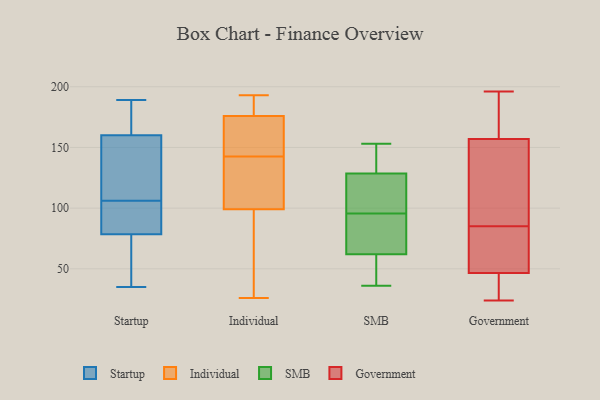
{"axis": {"x": "Headcount", "y": "Value"}, "legend": ["Government", "Individual", "SMB", "Startup"], "data": [{"x": "", "y": 189, "type": "Startup"}, {"x": "", "y": 38, "type": "Startup"}, {"x": "", "y": 106, "type": "Startup"}, {"x": "", "y": 159, "type": "Startup"}, {"x": "", "y": 91, "type": "Startup"}, {"x": "", "y": 172, "type": "Startup"}, {"x": "", "y": 53, "type": "Startup"}, {"x": "", "y": 35, "type": "Startup"}, {"x": "", "y": 102, "type": "Startup"}, {"x": "", "y": 87, "type": "Startup"}, {"x": "", "y": 163, "type": "Startup"}, {"x": "", "y": 108, "type": "Startup"}, {"x": "", "y": 111, "type": "Startup"}, {"x": "", "y": 166, "type": "Individual"}, {"x": "", "y": 155, "type": "Individual"}, {"x": "", "y": 193, "type": "Individual"}, {"x": "", "y": 130, "type": "Individual"}, {"x": "", "y": 99, "type": "Individual"}, {"x": "", "y": 186, "type": "Individual"}, {"x": "", "y": 48, "type": "Individual"}, {"x": "", "y": 176, "type": "Individual"}, {"x": "", "y": 119, "type": "Individual"}, {"x": "", "y": 26, "type": "Individual"}, {"x": "", "y": 79, "type": "SMB"}, {"x": "", "y": 36, "type": "SMB"}, {"x": "", "y": 44, "type": "SMB"}, {"x": "", "y": 124, "type": "SMB"}, {"x": "", "y": 105, "type": "SMB"}, {"x": "", "y": 109, "type": "SMB"}, {"x": "", "y": 86, "type": "SMB"}, {"x": "", "y": 45, "type": "SMB"}, {"x": "", "y": 143, "type": "SMB"}, {"x": "", "y": 82, "type": "SMB"}, {"x": "", "y": 133, "type": "SMB"}, {"x": "", "y": 153, "type": "SMB"}, {"x": "", "y": 39, "type": "Government"}, {"x": "", "y": 165, "type": "Government"}, {"x": "", "y": 54, "type": "Government"}, {"x": "", "y": 109, "type": "Government"}, {"x": "", "y": 196, "type": "Government"}, {"x": "", "y": 126, "type": "Government"}, {"x": "", "y": 72, "type": "Government"}, {"x": "", "y": 44, "type": "Government"}, {"x": "", "y": 153, "type": "Government"}, {"x": "", "y": 27, "type": "Government"}, {"x": "", "y": 54, "type": "Government"}, {"x": "", "y": 98, "type": "Government"}, {"x": "", "y": 162, "type": "Government"}, {"x": "", "y": 161, "type": "Government"}, {"x": "", "y": 49, "type": "Government"}, {"x": "", "y": 24, "type": "Government"}]}